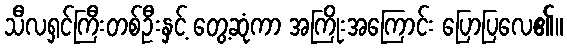
သီလရှင်ကြီးတစ်ဦးနှင့် တွေ့ဆုံကာ အကြိုးအကြောင်း ပြောပြလေ၏။